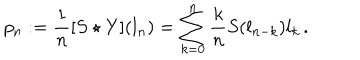
LaTeX: p _ { n } : = \frac { 1 } { n } [ S \star Y ] ( l _ { n } ) = \sum _ { k = 0 } ^ { n } \frac { k } { n } S ( l _ { n - k } ) l _ { k } \, .